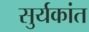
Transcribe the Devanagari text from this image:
सुर्यकांत